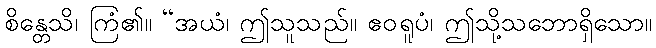
စိန္တေသိ၊ ကြံ၏။ “အယံ၊ ဤသူသည်။ ဧဝရူပံ၊ ဤသို့သဘောရှိသော။